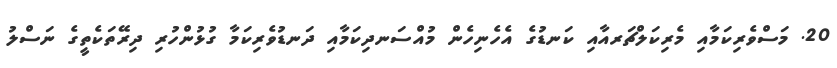
20. މަސްވެރިކަމާއި މެރިކަލްޗަރއާއި ކަނޑުގެ އެހެނިހެން މުއްސަނދިކަމާއި ދަނޑުވެރިކަމާ ގުޅުންހުރި ދިރޭތަކެތީގެ ނަސްލު